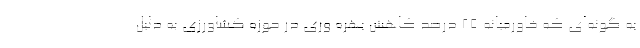
به گونه‌ای که خاورمیانه ۲۵ درصد کاهش بهره وری در حوزه کشاورزی به دلیل